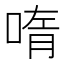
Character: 𫪳